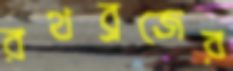
রথব্রজের